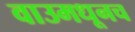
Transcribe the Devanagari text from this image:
वाउमधूनच